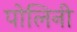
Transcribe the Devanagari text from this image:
पोलिनी